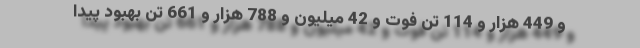
و 449 هزار و 114 تن فوت و 42 میلیون و 788 هزار و 661 تن بهبود پیدا